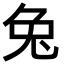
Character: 兔